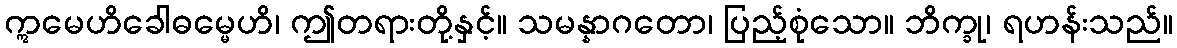
ဣမေဟိခေါဓမ္မေဟိ၊ ဤတရားတို့နှင့်။ သမန္နာဂတော၊ ပြည့်စုံသော။ ဘိက္ခု၊ ရဟန်းသည်။